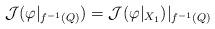
LaTeX: \begin{align*}\mathcal J(\varphi|_{f^{-1}(Q)})=\mathcal J(\varphi|_{X_1})|_{f^{-1}(Q)}\end{align*}